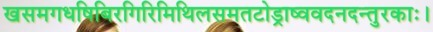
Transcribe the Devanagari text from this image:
खसमगधषिबिरगिरिमिथिलसमतटोड्राष्ववदनदन्तुरकाः।